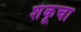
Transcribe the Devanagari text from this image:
शंकूचा